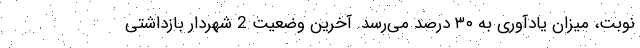
نوبت، میزان یادآوری به ۳۰ درصد می‌رسد. آخرین وضعیت 2 شهردار بازداشتی